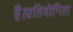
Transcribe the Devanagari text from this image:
है।प्रतियोगिता